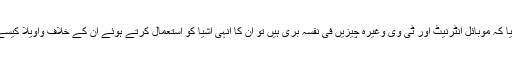
کیا ان احباب نے کبھی غور کیا کہ موبائل انٹرنیٹ اور ٹی وی وغیرہ چیزیں فی نفسہٖ بُری ہیں تو ان کا انہی اشیا کو استعمال کرتے ہوئے ان کے خلاف واویلا کیسے نیکی و بھلائی قرار پاتا ہے۔